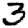
Digit: 3